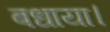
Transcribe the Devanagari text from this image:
बधाया।